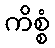
ကိစ္စံ